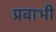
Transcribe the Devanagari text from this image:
प्रवाभी